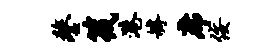
鏊筏港罅席佞